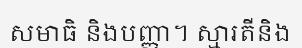
សមាធិ និងបញ្ញា។ ស្មារតីនិង